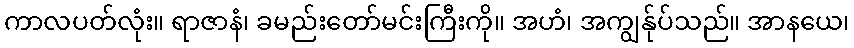
ကာလပတ်လုံး။ ရာဇာနံ၊ ခမည်းတော်မင်းကြီးကို။ အဟံ၊ အကျွန်ုပ်သည်။ အာနယေ၊